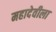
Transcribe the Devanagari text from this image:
महादेवीला